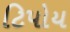
ટિપોય